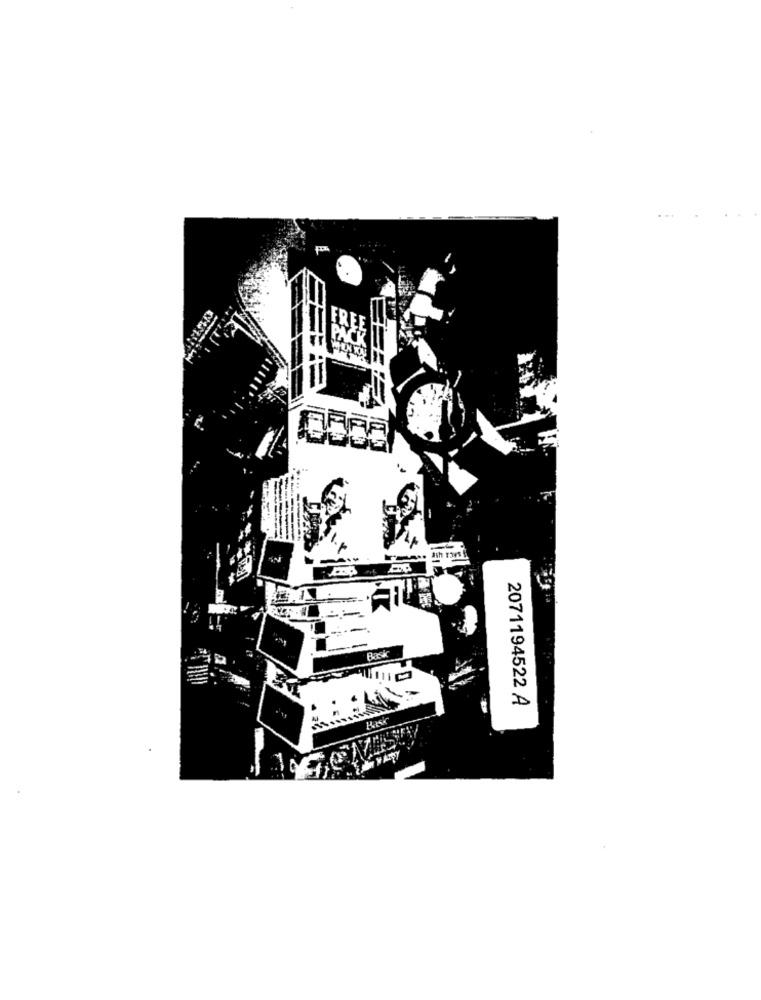
sh Fors
2071194522 A